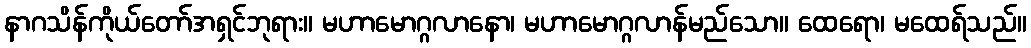
နာဂသိန်ကိုယ်တော်အရှင်ဘုရား။ မဟာမောဂ္ဂလာနော၊ မဟာမောဂ္ဂလာန်မည်သော။ ထေရော၊ မထေရ်သည်။